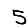
Digit: 5